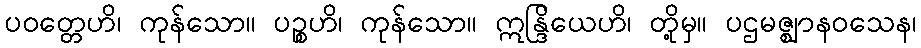
ပဝတ္တေဟိ၊ ကုန်သော။ ပဉ္စဟိ၊ ကုန်သော။ ဣန္ဒြိယေဟိ၊ တို့မှ။ ပဌမဇ္ဈာနဝသေန၊